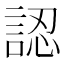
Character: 認